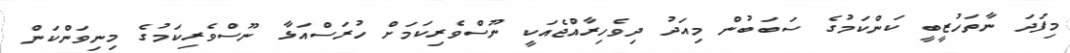
މިފަދަ ނާތަހުޒީބީ ކަންކަމުގެ ސަބަބުން މިއަދު ދިވެހިރާއްޖެއަކީ ނޫސްވެރިކަމަށް ހުރަސްއަޅާ ނޫސްވެރިކަމުގެ މިނިވަންކަން